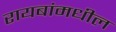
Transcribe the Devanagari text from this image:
रायबांमधील